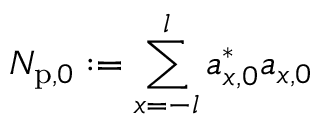
N _ { \mathrm { p } , 0 } : = \sum _ { x = - l } ^ { l } a _ { x , 0 } ^ { \ast } a _ { x , 0 }